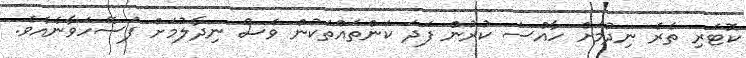
ކޮޓަރި ތެރެ ނިދުމަށް ހާއްސަ ކުރުން ފަދަ ކަންތައްތަކުން ވެސް ނިދާލުމަށް ފަސޭހަވާނެއެވެ.